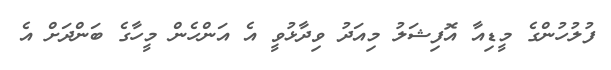
ފުލުހުންގެ މީޑިއާ އޮފިޝަލު މިއަދު ވިދާޅުވީ އެ އަންހެން މީހާގެ ބަންދަށް އެ